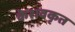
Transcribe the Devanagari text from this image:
केशवकृत